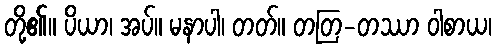
တို့၏။ ပိယာ၊ အပ်။ မနာပါ၊ တတ်။ တတြ-တဿာ ဝါစာယ၊